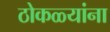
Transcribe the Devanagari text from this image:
ठोकळ्यांना